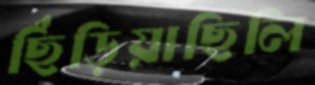
ছিঁড়িয়াছিলি